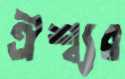
ঐশ্ব্যর